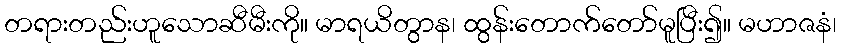
တရားတည်းဟူသောဆီမီးကို။ မာရယိတွာန၊ ထွန်းတောက်တော်မူပြီး၍။ မဟာဇနံ၊